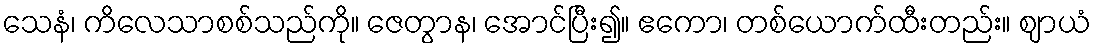
သေနံ၊ ကိလေသာစစ်သည်ကို။ ဇေတွာန၊ အောင်ပြီး၍။ ဧကော၊ တစ်ယောက်ထီးတည်း။ ဈာယံ